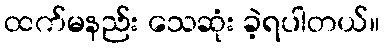
ထက်မနည်း သေဆုံး ခဲ့ရပါတယ်။